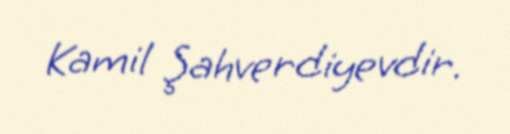
Kamil Şahverdiyevdir.